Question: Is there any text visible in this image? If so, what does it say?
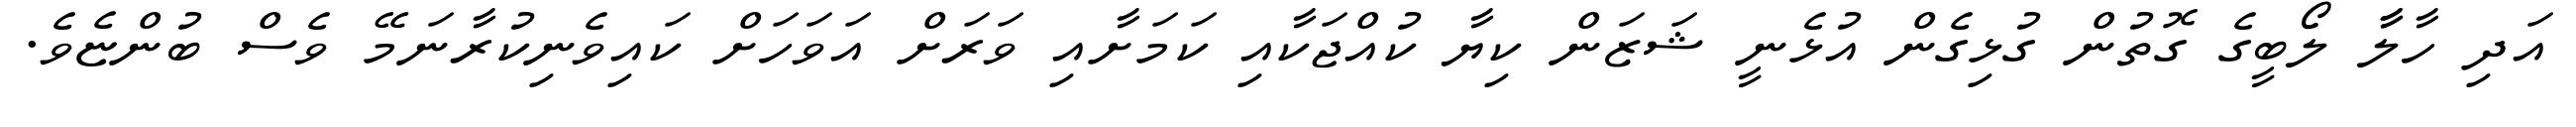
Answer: އަދި ހާލާާ ލޯބީގެ ގޮތުން ގުޅިގެން އުޅެނީ ޝަޒަން ކިޔާ ކުއްޖަކާއި ކަމަށާއި ވަރަށް އަވަހަށް ކައިވެނިކުރާނަމޭ ވެސް ބުންޏެވެ.